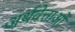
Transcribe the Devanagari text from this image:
अर्थवेत्ताओं